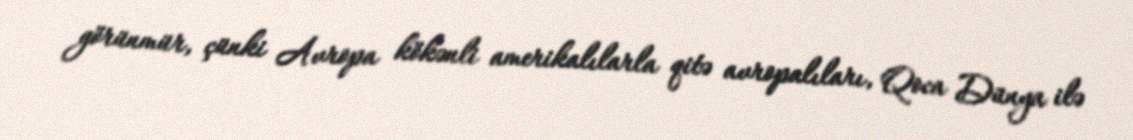
görünmür, çünki Avropa kökənli amerikalılarla qitə avropalıları, Qoca Dünya ilə